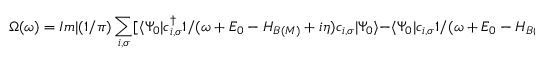
\Omega ( \omega ) = I m | ( 1 / \pi ) \sum _ { i , \sigma } [ \langle \Psi _ { 0 } | c _ { i , \sigma } ^ { \dagger } { 1 / ( \omega + E _ { 0 } - { \cal H } _ { B ( M ) } + i \eta ) } c _ { i , \sigma } | \Psi _ { 0 } \rangle - \langle \Psi _ { 0 } | c _ { i , \sigma } { 1 / ( \omega + E _ { 0 } - { \cal H } _ { B ( M ) } + i \eta ) } c _ { i , \sigma } ^ { \dagger } | \Psi _ { 0 } \rangle ]